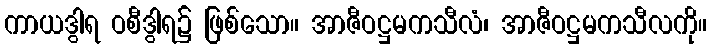
ကာယဒွါရ ဝစီဒွါရ၌ ဖြစ်သော။ အာဇီဝဋ္ဌမကသီလံ၊ အာဇီဝဋ္ဌမကသီလကို။